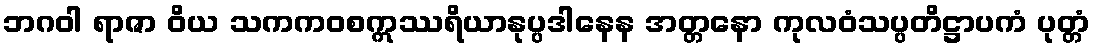
ဘဂဝါ ရာဇာ ဝိယ သကကဝစဣဿရိယာနုပ္ပဒါနေန အတ္တနော ကုလဝံသပ္ပတိဋ္ဌာပကံ ပုတ္တံ